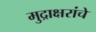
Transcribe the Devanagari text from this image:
मुद्राक्षरांचे